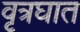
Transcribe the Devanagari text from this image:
वृत्रघात